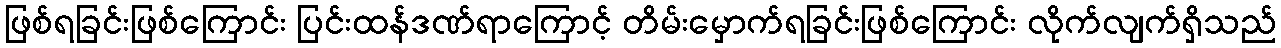
ဖြစ်ရခြင်းဖြစ်ကြောင်း ပြင်းထန်ဒဏ်ရာကြောင့် တိမ်းမှောက်ရခြင်းဖြစ်ကြောင်း လိုက်လျက်ရှိသည်